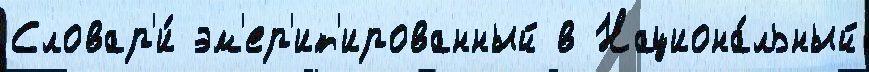
Словар'и́ эм'ер'ит'ированный в Национа́льный